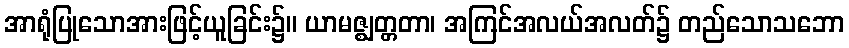
အာရုံပြုသောအားဖြင့်ယူခြင်း၌။ ယာမဇ္ဈတ္တတာ၊ အကြင်အလယ်အလတ်၌ တည်သောသဘော